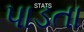
પાડતા